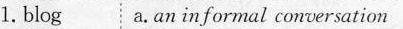
1. blog a.n informal conversation